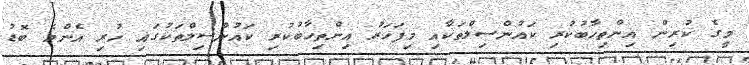
މީގެ ކުރިން އިންތިހާބުކުރި ކައުންސިލްތަކާއި މިފަހަރު އިންތިހާބުކުރި ކައުންސިލްތަކުގައި ހުރި އެންމެ ބޮޑު